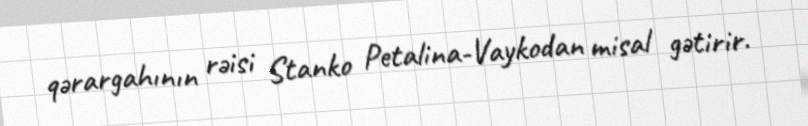
qərargahının rəisi Stanko Petalina-Vaykodan misal gətirir.